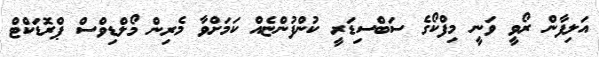
އަލިފާން ރޯވީ ވަނީ މިފްކޯގެ ސަބްސިޑަރީ ކުންފުންޏެއް ކަމަށްވާ މެރިން މޯލްޑިވްސް ޕްރޮޑަކްޓް